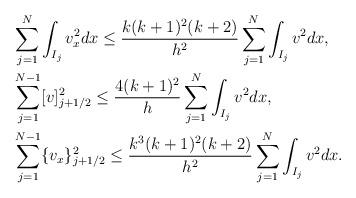
LaTeX: \begin{align*}& \sum_{j=1}^N \int_{I_j} v_x^2 dx \leq \frac{k(k+1)^2(k+2)}{h^2} \sum_{j=1}^N \int_{I_j}v^2 dx, \\& \sum_{j=1}^{N-1} [v]^2_{j+1/2} \leq \frac{4(k+1)^2}{h} \sum_{j=1}^N \int_{I_j}v^2 dx, \\& \sum_{j=1}^{N-1} \{v_x\}^2_{j+1/2} \leq \frac{k^3(k+1)^2(k+2)}{h^2} \sum_{j=1}^N \int_{I_j}v^2 dx.\end{align*}